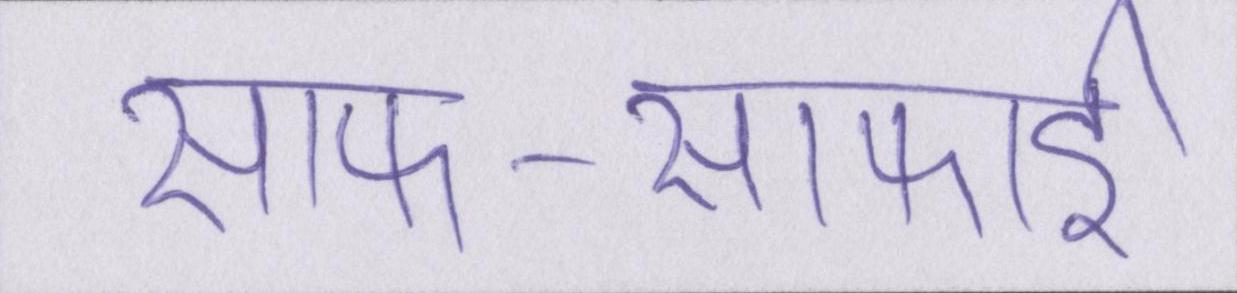
साफ-सफाई